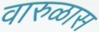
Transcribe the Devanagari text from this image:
वारुळास